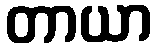
တာယာ